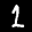
Label: 1